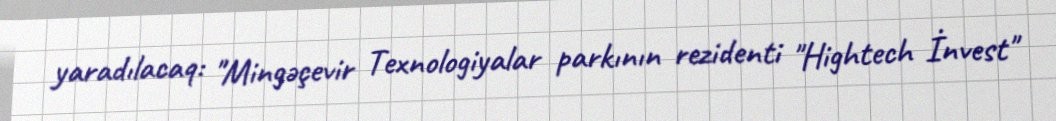
yaradılacaq: "Mingəçevir Texnologiyalar parkının rezidenti "Hightech İnvest"